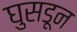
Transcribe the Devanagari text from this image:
घुसडून